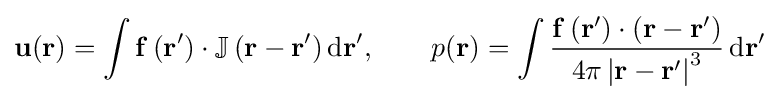
\mathbf {u} (\mathbf {r} )=\int \mathbf {f} \left(\mathbf {r'} \right)\cdot \mathbb {J} \left(\mathbf {r} -\mathbf {r'} \right)\mathrm {d} \mathbf {r'} ,\qquad p(\mathbf {r} )=\int {\frac {\mathbf {f} \left(\mathbf {r'} \right)\cdot \left(\mathbf {r} -\mathbf {r'} \right)}{4\pi \left|\mathbf {r} -\mathbf {r'} \right|^{3}}}\,\mathrm {d} \mathbf {r'}